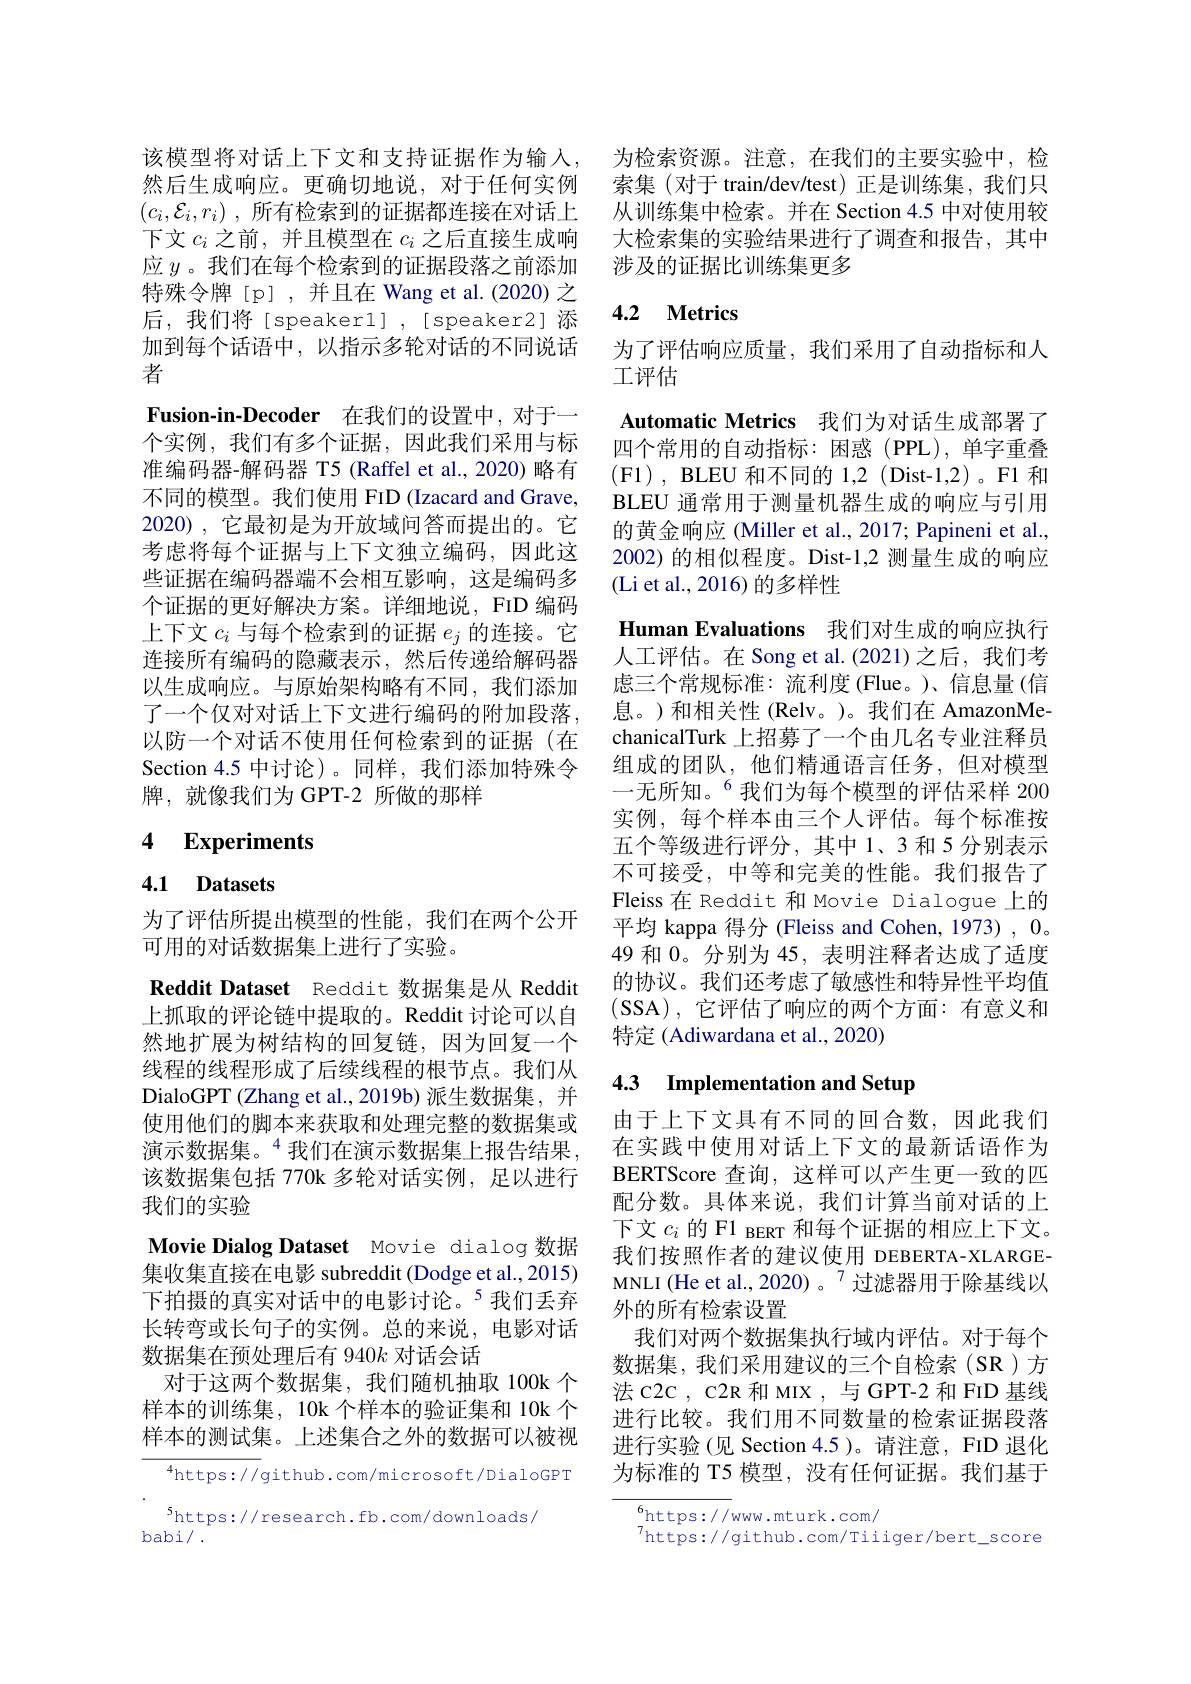
然后生成响应。更确切地说，对于任何实例$( c_i, \mathcal{E} _i, r_i)$ ,所有检索到的证据都连接在对话上下文$c_i$之前，并且模型在$c_i$之后直接生成响应$y$。我们在每个检索到的证据段落之前添加特殊令牌[p],并且在 Wang et al.(2020)之后，我们将[speaker1],[speaker2]添加到每个话语中，以指示多轮对话的不同说话者
$\textbf{Fusion- in- Decoder}$ 在我们的设置中，对于一个实例，我们有多个证据，因此我们采用与标准编码器-解码器 T5 (Raffel et al.,2020) 略有不同的模型。我们使用 FID (Izacard and Grave, 2020),它最初是为开放域问答而提出的。它考虑将每个证据与上下文独立编码，因此这些证据在编码器端不会相互影响，这是编码多个证据的更好解决方案。详细地说，FID 编码上下文$c_i$与每个检索到的证据$e_j$的连接。它连接所有编码的隐藏表示，然后传递给解码器以生成响应。与原始架构略有不同，我们添加了一个仅对对话上下文进行编码的附加段落， 以防一个对话不使用任何检索到的证据(在Section 4.5 中讨论)。同样，我们添加特殊令牌，就像我们为 GPT-2 所做的那样

# 4 Experiments

# 4.1 Datasets

为了评估所提出模型的性能，我们在两个公开
可用的对话数据集上进行了实验。
Reddit Dataset Reddit 数据集是从 Reddit 上抓取的评论链中提取的。Reddit 讨论可以自然地扩展为树结构的回复链，因为回复一个线程的线程形成了后续线程的根节点。我们从DialoGPT (Zhang et al., 2019b) 派生数据集，并使用他们的脚本来获取和处理完整的数据集或演示数据集。$^{4}$我们在演示数据集上报告结果， 该数据集包括 770k 多轮对话实例，足以进行我们的实验
Movie Dialog Dataset Movie dialog 数据集收集直接在电影 subreddit (Dodge et al., 2015) 下拍摄的真实对话中的电影讨论。$^{5}$我们丢弃长转弯或长句子的实例。总的来说，电影对话数据集在预处理后有 940$k$对话会话
对于这两个数据集，我们随机抽取 100k 个样本的训练集，10k 个样本的验证集和 10k 个样本的测试集。上述集合之外的数据可以被视

$^{4}$https://github.com/microsoft/DialoGPT
$^{5}$https://research.fb.com/downloads/
babi/ .

该模型将对话上下文和支持证据作为输人，为检索资源。注意，在我们的主要实验中，检
索集(对于 train/dev/test) 正是训练集，我们只从训练集中检索。并在 Section 4.5 中对使用较大检索集的实验结果进行了调查和报告，其中涉及的证据比训练集更多

# 4.2 Metrics

为了评估响应质量，我们采用了自动指标和人
工评估
Automatic Metrics 我们为对话生成部署了四个常用的自动指标：困惑(PPL),单字重叠(F1), BLEU 和不同的 1,2 (Dist-1,2)。F1 和BLEU 通常用于测量机器生成的响应与引用的黄金响应 (Miller et al., 2017; Papineni et al. 2002)的相似程度。Dist-1,2 测量生成的响应(Li et al., 2016) 的多样性
Human Evaluations 我们对生成的响应执行人工评估。在 Song et al. (2021)之后，我们考虑三个常规标准：流利度(Flue。)、信息量(信息。)和相关性(Relv。)。我们在 AmazonMechanicalTurk 上招募了一个由几名专业注释员组成的团队，他们精通语言任务，但对模型一无所知。$^{6}$我们为每个模型的评估采样 200实例，每个样本由三个人评估。每个标准按五个等级进行评分，其中1、3 和 5 分别表示不可接受，中等和完美的性能。我们报告了Fleiss 在 Reddit 和 Movie Dialogue 上的平均 kappa 得分 (Fleiss and Cohen, 1973) , 0。49 和0。分别为 45, 表明注释者达成了适度的协议。我们还考虑了敏感性和特异性平均值(SSA),它评估了响应的两个方面：有意义和特定 (Adiwardana et al., 2020)

## 4.3 Implementation and Setup

由于上下文具有不同的回合数，因此我们在实践中使用对话上下文的最新话语作为BERTScore 查询，这样可以产生更一致的匹配分数。具体来说，我们计算当前对话的上下文$c_i$的 F1 BERT 和每个证据的相应上下文。我们按照作者的建议使用 DEBERTA-XLARGEMNLI (He et al., 2020)。$^{7}$过滤器用于除基线以外的所有检索设置
我们对两个数据集执行域内评估。对于每个数据集，我们采用建议的三个自检索(SR)方法 c2c , c2R 和 MIX , 与 GPT-2 和 FID 基线进行比较。我们用不同数量的检索证据段落进行实验(见 Section 4.5 )。请注意，FID 退化为标准的 T5 模型，没有任何证据。我们基于

${\frac{6}{7}}$https://www.mturk.com/
$^{7}$https://github.com/Tiiiger/bert\_score